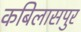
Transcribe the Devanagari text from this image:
कबिलासपुर